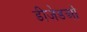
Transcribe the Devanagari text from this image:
डीजेडओ